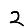
Digit: 2